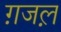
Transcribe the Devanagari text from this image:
ग़जल़